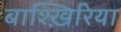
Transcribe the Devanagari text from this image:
बाश्ख़िरिया